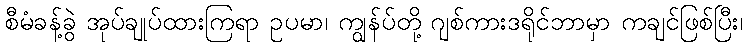
စီမံခန့်ခွဲ အုပ်ချုပ်ထားကြရာ ဥပမာ၊ ကျွန်ပ်တို့ ဂျစ်ကားဒရိုင်ဘာမှာ ကချင်ဖြစ်ပြီး၊